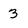
Character: 3